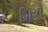
મિયા